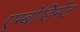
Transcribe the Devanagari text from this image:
एम्बोडिमेंट